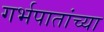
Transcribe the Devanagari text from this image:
गर्भपातांच्या